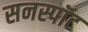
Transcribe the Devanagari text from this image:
सनस्पॉट